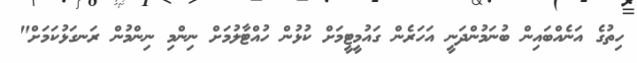
ހިތުގެ އަނެއްބައިން ބުނަމުންދަނީ އަހަރެން ގައުމީޓީމަށް ކުޅުން ހުއްޓާލުމަށް ނިންމި ނިންމުން ރަނގަޅުކަމަށް"